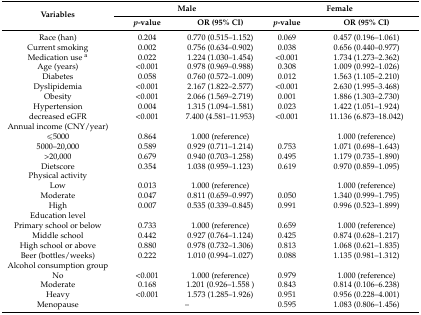
<table><thead><tr><td rowspan="2"><b>Variables</b></td><td colspan="2"><b>Male</b></td><td colspan="2"><b>Female</b></td></tr><tr><td><b><i>p</i>-value</b></td><td><b>OR (95% CI)</b></td><td><b><i>p</i>-value</b></td><td><b>OR (95% CI)</b></td></tr></thead><tbody><tr><td>Race (han)</td><td>0.204</td><td>0.770 (0.515–1.152)</td><td>0.069</td><td>0.457 (0.196–1.061)</td></tr><tr><td>Current smoking</td><td>0.002</td><td>0.756 (0.634–0.902)</td><td>0.038</td><td>0.656 (0.440–0.977)</td></tr><tr><td>Medication use <sup>a</sup></td><td>0.022</td><td>1.224 (1.030–1.454)</td><td>&lt;0.001</td><td>1.734 (1.273–2.362)</td></tr><tr><td>Age (years)</td><td>&lt;0.001</td><td>0.978 (0.969–0.988)</td><td>0.308</td><td>1.009 (0.992–1.026)</td></tr><tr><td>Diabetes</td><td>0.058</td><td>0.760 (0.572–1.009)</td><td>0.012</td><td>1.563 (1.105–2.210)</td></tr><tr><td>Dyslipidemia</td><td>&lt;0.001</td><td>2.167 (1.822–2.577)</td><td>&lt;0.001</td><td>2.630 (1.995–3.468)</td></tr><tr><td>Obesity</td><td>&lt;0.001</td><td>2.066 (1.569–2.719)</td><td>0.001</td><td>1.886 (1.303–2.730)</td></tr><tr><td>Hypertension</td><td>0.004</td><td>1.315 (1.094–1.581)</td><td>0.023</td><td>1.422 (1.051–1.924)</td></tr><tr><td>decreased eGFR</td><td>&lt;0.001</td><td>7.400 (4.581–11.953)</td><td>&lt;0.001</td><td>11.136 (6.873–18.042)</td></tr><tr><td>Annual income (CNY/year)</td><td></td><td></td><td></td><td></td></tr><tr><td>≤5000</td><td>0.864</td><td>1.000 (reference)</td><td></td><td>1.000 (reference)</td></tr><tr><td>5000–20,000</td><td>0.589</td><td>0.929 (0.711–1.214)</td><td>0.753</td><td>1.071 (0.698–1.643)</td></tr><tr><td>&gt;20,000</td><td>0.679</td><td>0.940 (0.703–1.258)</td><td>0.495</td><td>1.179 (0.735–1.890)</td></tr><tr><td>Dietscore</td><td>0.354</td><td>1.038 (0.959–1.123)</td><td>0.619</td><td>0.970 (0.859–1.095)</td></tr><tr><td>Physical activity</td><td></td><td></td><td></td><td></td></tr><tr><td>Low</td><td>0.013</td><td>1.000 (reference)</td><td></td><td>1.000 (reference)</td></tr><tr><td>Moderate</td><td>0.047</td><td>0.811 (0.659–0.997)</td><td>0.050</td><td>1.340 (0.999–1.795)</td></tr><tr><td>High</td><td>0.007</td><td>0.535 (0.339–0.845)</td><td>0.991</td><td>0.996 (0.523–1.899)</td></tr><tr><td>Education level</td><td></td><td></td><td></td><td></td></tr><tr><td>Primary school or below</td><td>0.733</td><td>1.000 (reference)</td><td>0.659</td><td>1.000 (reference)</td></tr><tr><td>Middle school</td><td>0.442</td><td>0.927 (0.764–1.124)</td><td>0.425</td><td>0.874 (0.628–1.217)</td></tr><tr><td>High school or above</td><td>0.880 </td><td>0.978 (0.732–1.306)</td><td>0.813</td><td>1.068 (0.621–1.835)</td></tr><tr><td>Beer (bottles/weeks)</td><td>0.222 </td><td>1.010 (0.994–1.027)</td><td>0.088</td><td>1.135 (0.981–1.312)</td></tr><tr><td>Alcohol consumption group</td><td></td><td></td><td></td><td></td></tr><tr><td>No</td><td>&lt;0.001</td><td>1.000 (reference)</td><td>0.979</td><td>1.000 (reference)</td></tr><tr><td>Moderate</td><td>0.168</td><td>1.201 (0.926–1.558 )</td><td>0.843</td><td>0.814 (0.106–6.238)</td></tr><tr><td>Heavy</td><td>&lt;0.001</td><td>1.573 (1.285–1.926)</td><td>0.951</td><td>0.956 (0.228–4.001)</td></tr><tr><td>Menopause</td><td colspan="2">--</td><td>0.595</td><td>1.083 (0.806–1.456)</td></tr></tbody></table>